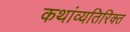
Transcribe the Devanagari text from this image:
कथांव्यतिरिक्त